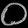
Digit: ၀